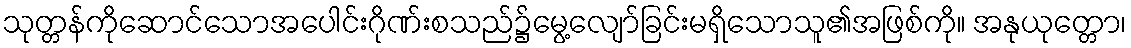
သုတ္တန်ကိုဆောင်သောအပေါင်းဂိုဏ်းစသည်၌မွေ့လျော်ခြင်းမရှိသောသူ၏အဖြစ်ကို။ အနုယုတ္တော၊